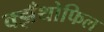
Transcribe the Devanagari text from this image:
क्झँथोफिल